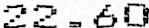
22.60